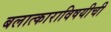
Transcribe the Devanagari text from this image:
बलात्काराविषयीची